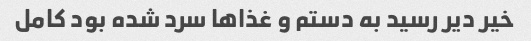
خیر دیر رسید به دستم و غذا‌ها سرد شده بود کامل